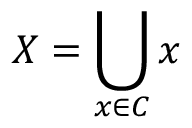
X = \bigcup _ { x \in C } x